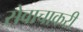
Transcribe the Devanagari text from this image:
सेवाचाकरी